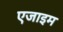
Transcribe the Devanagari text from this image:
एजाइम